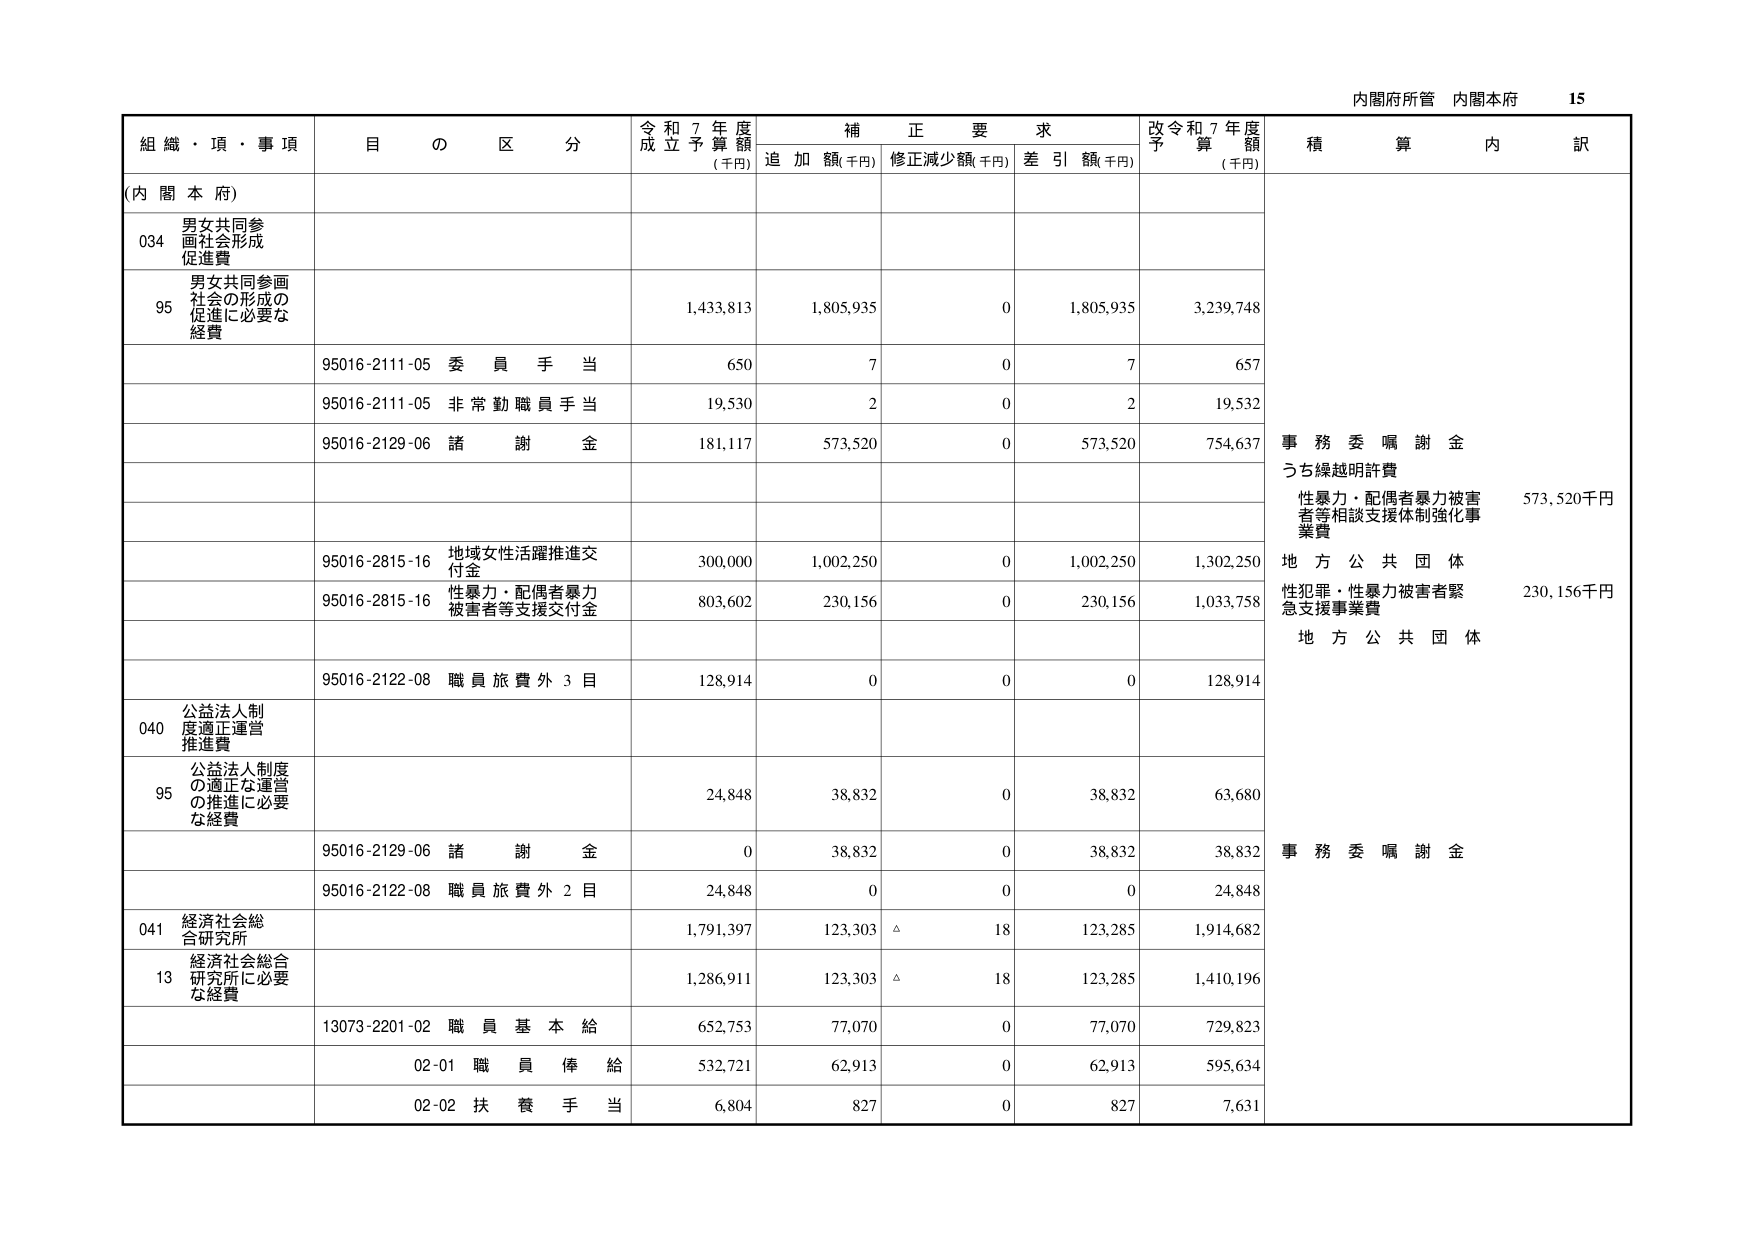
内閣府所管 内閣本府 15

組織・項・事項 目の区分 令和7年度成立予算額(千円) 補正要求 追加額(千円) 修正減少額(千円) 差引額(千円) 改令和7年度予算額(千円) 積算内訳

(内閣本府)

034 男女共同参画社会形成促進費

95 男女共同参画社会の形成の促進に必要な経費 1,433,813 1,805,935 0 1,805,935 3,239,748

95016-2111-05 委員手当 650 7 0 7 657

95016-2111-05 非常勤職員手当 19,530 2 0 2 19,532

95016-2129-06 諸謝金 181,117 573,520 0 573,520 754,637 事務委嘱謝金 うち繰越明許費 性暴力・配偶者暴力被害者等相談支援体制強化事業費 573,520千円

95016-2815-16 地域女性活躍推進交付金 300,000 1,002,250 0 1,002,250 1,302,250 地方公共団体

95016-2815-16 性暴力・配偶者暴力被害者等支援交付金 803,602 230,156 0 230,156 1,033,758 性犯罪・性暴力被害者緊急支援事業費 230,156千円 地方公共団体

95016-2122-08 職員旅費外3目 128,914 0 0 0 128,914

040 公益法人制度適正運営推進費

95 公益法人制度の適正な運営の推進に必要な経費 24,848 38,832 0 38,832 63,680

95016-2129-06 諸謝金 0 38,832 0 38,832 38,832 事務委嘱謝金

95016-2122-08 職員旅費外2目 24,848 0 0 0 24,848

041 経済社会総合研究所 1,791,397 123,303 △ 18 123,285 1,914,682

13 経済社会総合研究所に必要な経費 1,286,911 123,303 △ 18 123,285 1,410,196

13073-2201-02 職員基本給 652,753 77,070 0 77,070 729,823

02-01 職員俸給 532,721 62,913 0 62,913 595,634

02-02 扶養手当 6,804 827 0 827 7,631